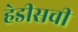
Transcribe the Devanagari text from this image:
हेडीसची